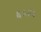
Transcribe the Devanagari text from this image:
६५२५